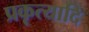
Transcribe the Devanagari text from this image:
प्रकृत्यादि